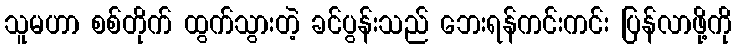
သူမဟာ စစ်တိုက် ထွက်သွားတဲ့ ခင်ပွန်းသည် ဘေးရန်ကင်းကင်း ပြန်လာဖို့ကို